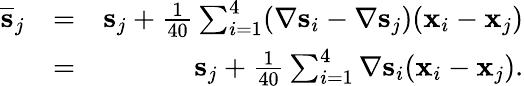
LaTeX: \begin{array}{rlr}{\overline{{\mathbf s}}_{j}}&{=}&{{\mathbf s}_{j}+\frac{1}{40}\sum_{i=1}^{4}(\nabla{\mathbf s}_{i}-\nabla{\mathbf s}_{j})({\mathbf x}_{i}-{\mathbf x}_{j})}\\ &{=}&{{\mathbf s}_{j}+\frac{1}{40}\sum_{i=1}^{4}\nabla{\mathbf s}_{i}({\mathbf x}_{i}-{\mathbf x}_{j}).}\end{array}